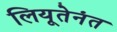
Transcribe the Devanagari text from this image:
लियूतेनंत